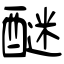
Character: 醚